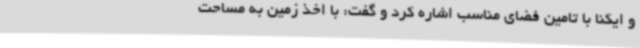
و ایکنا با تامین فضای مناسب اشاره کرد و گفت: با اخذ زمین به مساحت